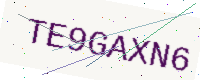
Text: TE9GAXN6